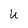
Character: U